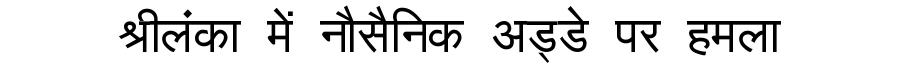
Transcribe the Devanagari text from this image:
श्रीलंका में नौसैनिक अड्डे पर हमला